Vaccination in Bombay 1863-1868 - 1863-1868
Year: 1863
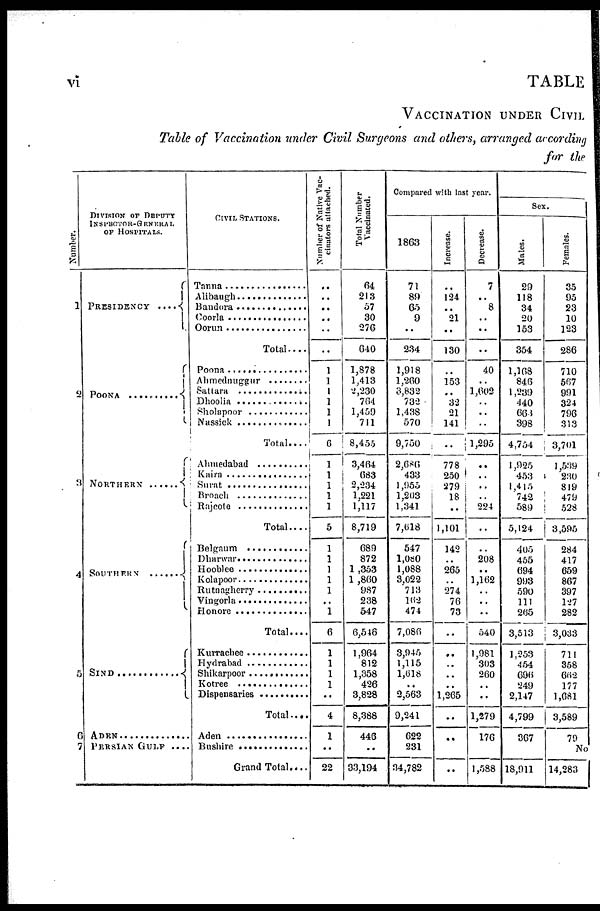
vi
TABLE
VACCINATION UNDER CIVIL
Table of Vaccination under Civil Surgeons and others, arranged according
for the
Number.
1
2
3
4
5
6
7
DIVISION OF DEPUTY
INSPECTOR-GENERAL
OF HOSPITALS.
PRESIDENCY .............
POONA ...........................
NORTHERN ..................
SOUTHERN ...................
S I
N D .............................
ADEN ...............................
PERSIAN GULF.....
CIVIL STATIONS.
Tanna ......................
Alibaugh .................
Bandora ..................
Coorla .....................
Oorun ......................
Total....
Poona .......................
Ahmednuggur ..........
Sattara ......................
Dhoolia ....................
Sholapoor ................
Nassick ...................
Total....
Ahmedabad ..............
Kaira ........................
Surat ........................
Broach .....................
Rajcote ....................
Total ....
Belgaum .................
Dharwar .................
Hooblee .................
Kolapoor ................
Rutnagherry ...........
Vingorla .................
Honore ...................
Total....
Kurrachee ...............
Hydrabad ................
Shikarpoor ..............
Kotree .....................
Dispensaries ...........
Total .....
Aden .......................
Bushire
..................
Grand Total....
Number of Native Vac-
cinators attached.
..
..
..
..
..
..
1
1
1
1
1
1
6
1
1
1
1
1
5
1
1
1
1
1
..
1
6
1
1
1
1
..
4
1
..
22
Total Number
Vaccinated.
64
213
57
30
276
640
1,878
1,413
2,230
764
1,459
711
8,455
3,464
683
2,234
1,221
1,117
8,719
689
872
1 ,353
1 ,860
987
238
547
6,546
1,964
812
1,358
426
3,828
8,388
446
..
33,194
Compared with last year.
1863
71
89
65
9
..
234
1,918
1,260
3,832
732
1,438
570
9,750
2,686
433
1,955
1,203
1,341
7,618
547
1,080
1,088
3,022
713
162
474
7,086
3,945
1,115
1,618
..
2,563
9,241
622
231
34,782
Increase.
..
124
..
21
..
130
..
153
..
32
21
141
..
778
250
279
18
..
1,101
142
..
265
..
274
76
73
..
..
..
..
..
1,265
..
..
..
Decrease.
7
..
8
..
..
..
40
..
1,602
..
..
..
1,295
..
..
..
..
224
..
..
208
..
1,162
..
..
..
540
1,981
303
260
..
..
1,279
176
1,588
Sex
Males.
29
118
34
20
153
354
1,168
846
1,239
440
668
398
4,754
1,925
453
1,415
742
589
5,124
405
455
694
993
590
111
265
3,513
1,253
454
696
249
2,147
4,799
367
18,911
Females.
35
95
23
10
123
286
710
567
991
324
796
313
3,701
1,539
230
819
479
528
3,595
284
417
659
867
397
127
282
3,033
711
358
662
177
1,681
3,589
79
No
14,283